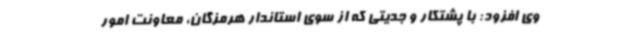
وی افزود: با پشتکار و جدیتی که از سوی استاندار هرمزگان، معاونت امور